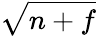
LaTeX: \sqrt{n+f}